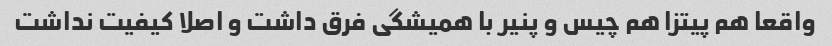
واقعا هم پیتزا هم چیس و پنیر با همیشگی فرق داشت و اصلا کیفیت نداشت